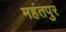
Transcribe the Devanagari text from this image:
महंतपुर